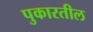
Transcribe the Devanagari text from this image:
पुकारतील